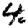
Digit: 4